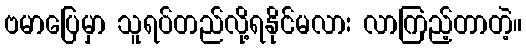
ဗမာပြေမှာ သူရပ်တည်လို့ရနိုင်မလား လာကြည့်တာတဲ့။